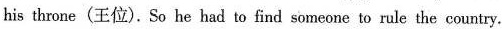
his throne (王位).So he had to find someone to rule the country.